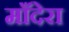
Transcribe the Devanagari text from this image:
माँदेरा